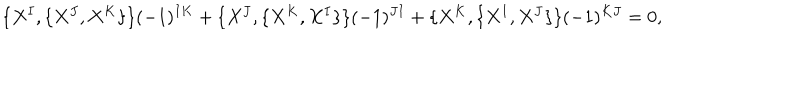
\{ X ^ { I } , \{ X ^ { J } , X ^ { K } \} \} ( - 1 ) ^ { I K } + \{ X ^ { J } , \{ X ^ { K } , X ^ { I } \} \} ( - 1 ) ^ { J I } + \{ X ^ { K } , \{ X ^ { I } , X ^ { J } \} \} ( - 1 ) ^ { K J } = 0 ,